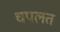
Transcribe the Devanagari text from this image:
चपलत